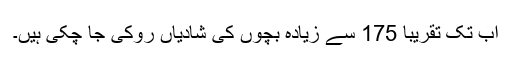
اب تک تقریبا 175 سے زیادہ بچوں کی شادیاں روکی جا چکی ہیں۔